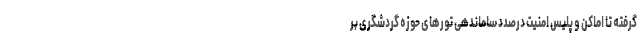
گرفته تا اماکن و پلیس امنیت درصدد ساماندهی تورهای حوزه گردشگری بر